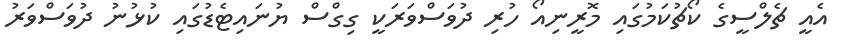
އެއީ ޗެލްސީގެ ކޯޗުކަމުގައި މޮރީނިއޯ ހުރި ދުވަސްވަރަކީ ގިގްސް ޔުނައިޓެޑުގައި ކުޅުނު ދުވަސްވަރު